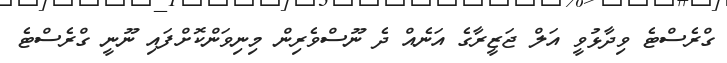
ގްރެސްޓެ ވިދާޅުވީ އަލް ޖަޒީރާގެ އަނެއް ދެ ނޫސްވެރިން މިނިވަންކޮށްފައި ނޫނީ ގްރެސްޓެ